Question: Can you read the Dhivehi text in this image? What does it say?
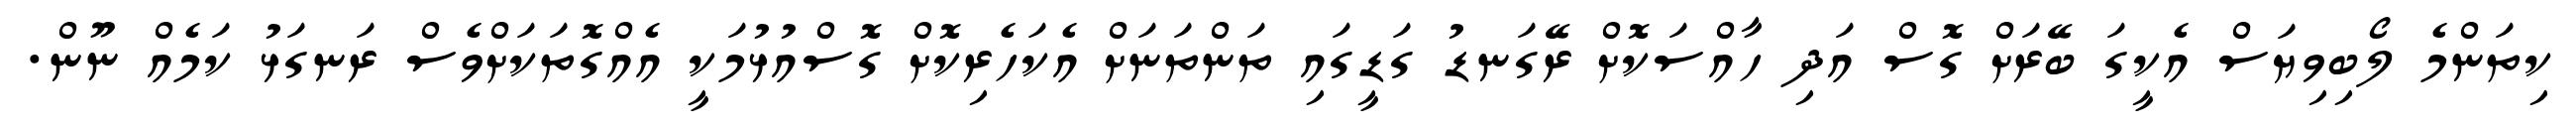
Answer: ކިތަންމެ ލޯބިވިޔަސް އެކީގަ ބޭރަށް ގޮސް އަދި ހާއްސަކޮށް ރޭގަނޑު ގަޑީގައި ތަންތަނަށް އެކަހެރިކޮށް ގޮސްއުޅުމަކީ އެއްގޮތަކަށްވެސް ރަނގަޅު ކަމެއް ނޫން.